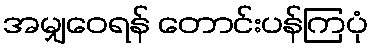
အမျှဝေရန် တောင်းပန်ကြပုံ